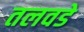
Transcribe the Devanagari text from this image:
तलवडे